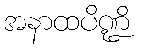
အနာထပိဏ္ဍိ